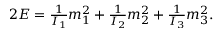
\begin{array} { r } { 2 E = \frac { 1 } { I _ { 1 } } m _ { 1 } ^ { 2 } + \frac { 1 } { I _ { 2 } } m _ { 2 } ^ { 2 } + \frac { 1 } { I _ { 3 } } m _ { 3 } ^ { 2 } . } \end{array}